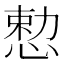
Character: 𪬈